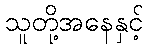
သူတို့အနေနှင့်